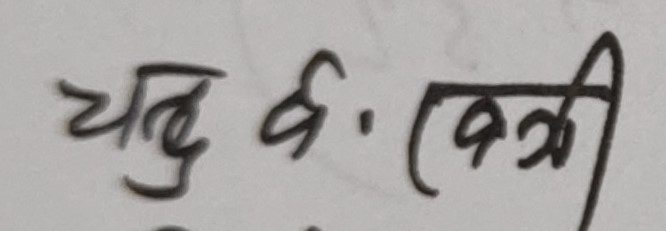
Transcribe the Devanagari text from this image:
चतु.५.(कत्ती